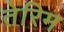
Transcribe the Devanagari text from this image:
तेरिम